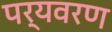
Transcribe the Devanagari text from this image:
पर्यवरण